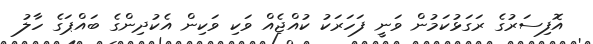
އޮފިސަރުގެ ރަގަޅުކަމުން ވަނީ ފަހަރަކު ކުއްޖެއް ވަކި ވަކިން އެކުދިންގެ ބައްޕަގެ ހާލު